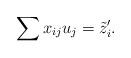
LaTeX: \begin{align*}\sum x_{ij}u_j=\tilde{z}'_i.\end{align*}